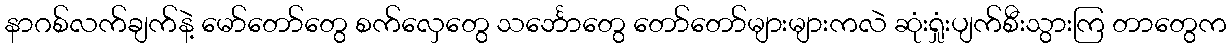
နာဂစ်လက်ချက်နဲ့ မော်တော်တွေ စက်လှေတွေ သင်္ဘောတွေ တော်တော်များများကလဲ ဆုံးရှုံးပျက်စီးသွားကြ တာတွေက